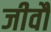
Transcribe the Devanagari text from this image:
जीवौ